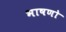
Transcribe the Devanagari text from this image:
भाषणो